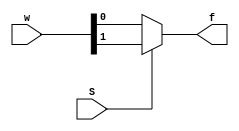
module mux2to1(w, S, f);
	input S;
	input[1:0]w;
	output reg f;
	
	always @(w, S)//always@(*)
	begin
	if(S == 0)
		f = w[0];
	else
		f = w[1];
	end
endmodule